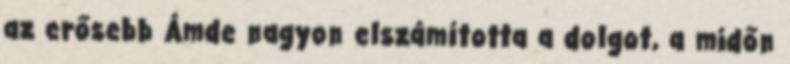
az erősebb Ámde nagyon elszámította a dolgot, a midőn